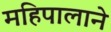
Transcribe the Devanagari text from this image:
महिपालाने